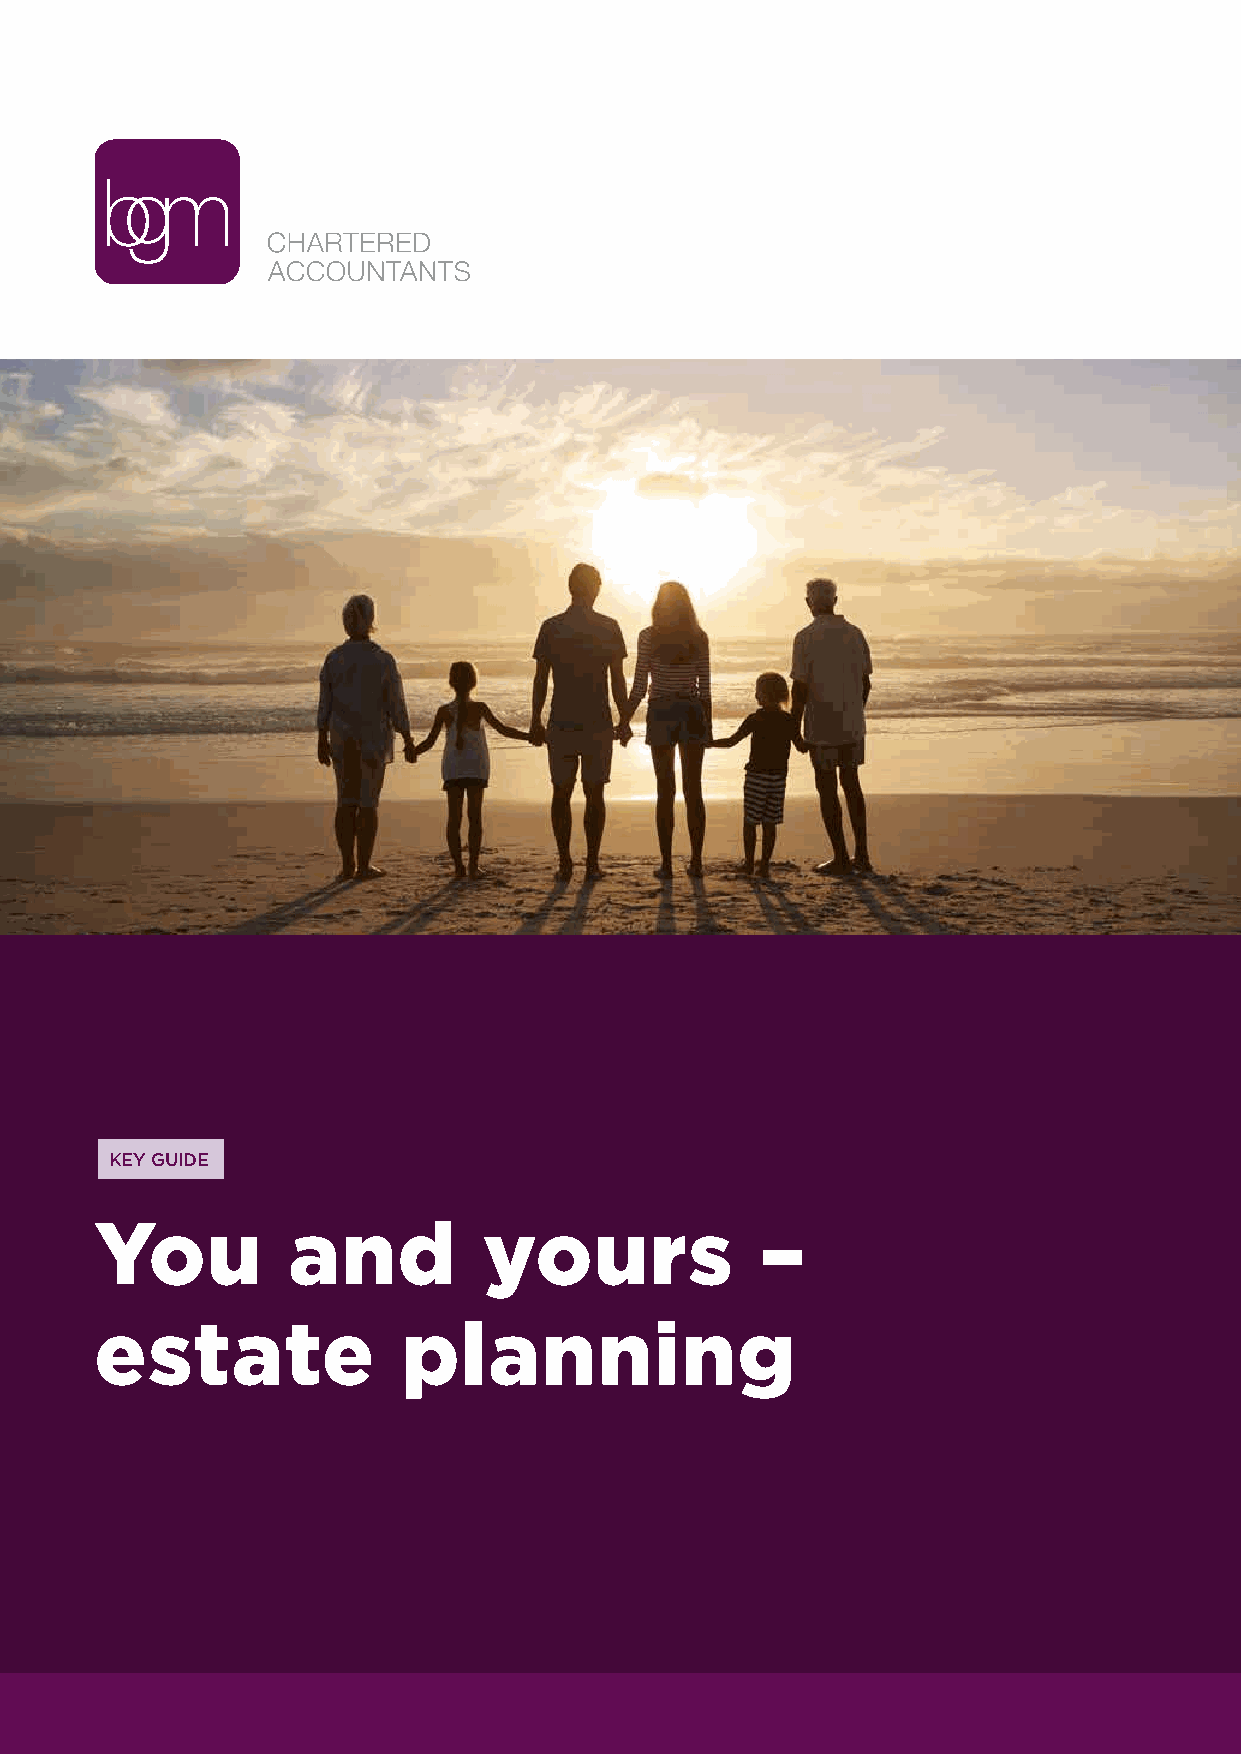
KEY GUIDE
 You          and          yours             –
 estate               planning